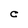
Character: C